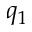
q _ { 1 }